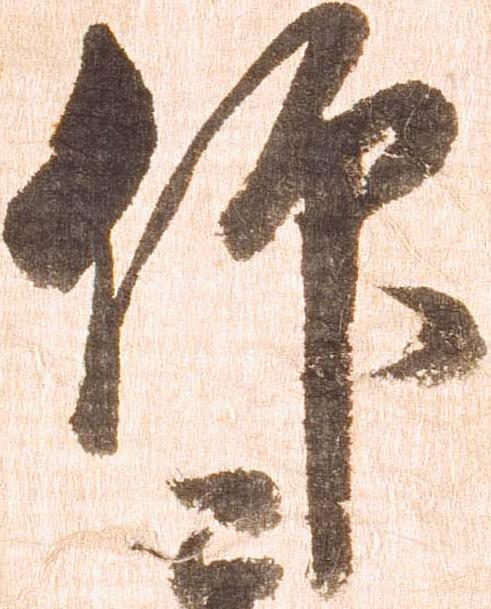
仰